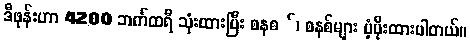
ဒီဖုန်းဟာ 4200 ဘက်ထရီ သုံးထားပြီး စနစ ်၊ စနစ်များ ပံ့ပိုးထားပါတယ်။